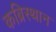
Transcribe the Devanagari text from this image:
कब्रिस्थान